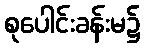
စုပေါင်းခန်းမ၌